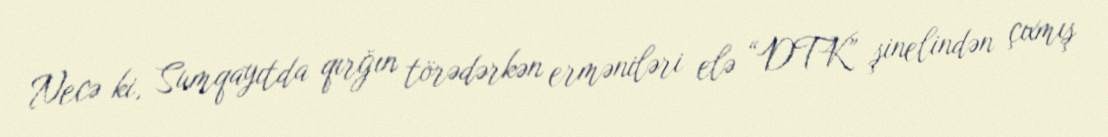
Necə ki, Sumqayıtda qırğın törədərkən erməniləri elə “DTK” şinelindən çıxmış